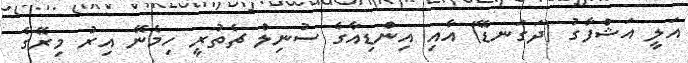
އަލީ އަޝްފާގު (ދަގަނޑޭ) އާއި އިންޑިއާގެ ސުނިލް ޗެތުރީ ހިމެނޭ އިރު މިރޭގެ